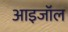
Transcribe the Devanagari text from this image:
आइजॉल